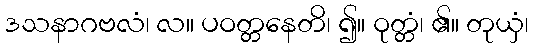
ဒသနာဂဗလံ၊ လ။ ပဝတ္တနေတိ၊ ၍။ ဝုတ္တံ၊ ၏။ တုယှံ၊